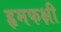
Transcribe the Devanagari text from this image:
हृमफक्षी